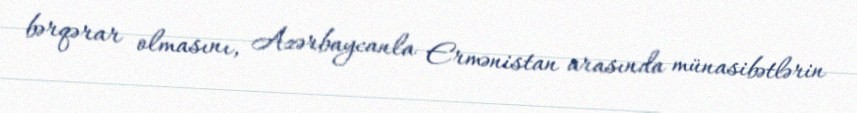
bərqərar olmasını, Azərbaycanla Ermənistan arasında münasibətlərin